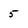
Character: 5